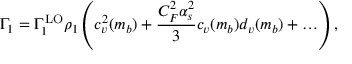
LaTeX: \Gamma _ { 1 } = \Gamma _ { 1 } ^ { \mathrm { L O } } \rho _ { 1 } \left( c _ { v } ^ { 2 } ( m _ { b } ) + { \frac { C _ { F } ^ { 2 } \alpha _ { s } ^ { 2 } } { 3 } } c _ { v } ( m _ { b } ) d _ { v } ( m _ { b } ) + \ldots \right) ,